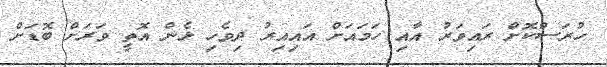
ހުރަސްކޮށް ރައިވަރު އާއި ހަމައަށް އައިއިރު ދިވެހި ޅެން އޮތީ ވަރަށް ބޮޑަށް